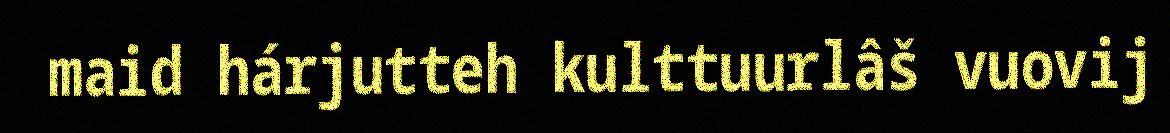
maid hárjutteh kulttuurlâš vuovij